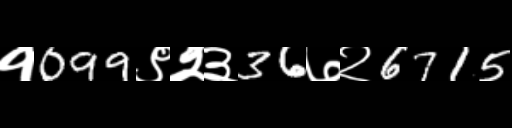
Text: १099९२३36७२6715